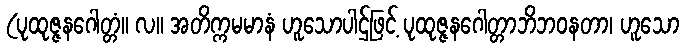
(ပုထုဇ္ဇနဂေါတ္တံ။ လ။ အတိက္ကမမာနံ ဟူသောပါဌ်ဖြင့် ပုထုဇ္ဇနဂေါတ္တာဘိဘဝနတာ၊ ဟူသော